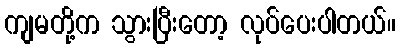
ကျမတို့က သွားပြီးတော့ လုပ်ပေးပါတယ်။